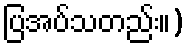
ပြအပ်သတည်း။)